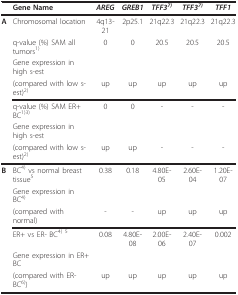
<table><thead><tr><td></td><td><b>Gene Name</b></td><td><b><i>AREG</i></b></td><td><b><i>GREB1</i></b></td><td><b><i>TFF3<sup>7)</sup></i></b></td><td><b><i>TFF3<sup>7)</sup></i></b></td><td><b><i>TFF1</i></b></td></tr></thead><tbody><tr><td><b>A</b></td><td>Chromosomal location</td><td>4q13-21</td><td>2p25.1</td><td>21q22.3</td><td>21q22.3</td><td>21q22.3</td></tr><tr><td></td><td>q-value (%) SAM all tumors<sup>1)</sup></td><td>0</td><td>0</td><td>20.5</td><td>20.5</td><td>20.5</td></tr><tr><td></td><td>Gene expression in high s-est</td><td></td><td></td><td></td><td></td><td></td></tr><tr><td></td><td>(compared with low s-est)<sup>2)</sup></td><td>up</td><td>up</td><td>up</td><td>up</td><td>up</td></tr><tr><td></td><td>q-value (%) SAM ER+ BC<sup>1)3)</sup></td><td>0</td><td>0</td><td>-</td><td>-</td><td>-</td></tr><tr><td></td><td>Gene expression in high s-est</td><td></td><td></td><td></td><td></td><td></td></tr><tr><td></td><td>(compared with low s-est)<sup>2)</sup></td><td>up</td><td>up</td><td>-</td><td>-</td><td>-</td></tr><tr><td><b>B</b></td><td>BC<sup>4) </sup>vs normal breast tissue<sup>5</sup></td><td>0.38</td><td>0.18</td><td>4.80E-05</td><td>2.60E-04</td><td>1.20E-07</td></tr><tr><td></td><td>Gene expression in BC<sup>4)</sup></td><td></td><td></td><td></td><td></td><td></td></tr><tr><td></td><td>(compared with normal)</td><td>-</td><td>-</td><td>up</td><td>up</td><td>up</td></tr><tr><td></td><td>ER+ vs ER- BC<sup>4) 5</sup></td><td>0.08</td><td>4.80E-08</td><td>2.00E-06</td><td>2.40E-07</td><td>0.002</td></tr><tr><td></td><td>Gene expression in ER+ BC</td><td></td><td></td><td></td><td></td><td></td></tr><tr><td></td><td>(compared with ER- BC<sup>6)</sup>)</td><td>up</td><td>up</td><td>up</td><td>up</td><td>up</td></tr></tbody></table>